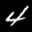
Label: 4